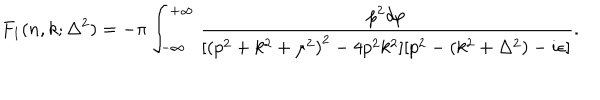
F _ { 1 } ( n , k ; \Delta ^ { 2 } ) = - \pi \int _ { - \infty } ^ { + \infty } \frac { p ^ { 2 } d p } { [ { ( p ^ { 2 } + k ^ { 2 } + \mu ^ { 2 } ) } ^ { 2 } - 4 p ^ { 2 } k ^ { 2 } ] [ p ^ { 2 } - ( k ^ { 2 } + \Delta ^ { 2 } ) - i \epsilon ] } .